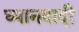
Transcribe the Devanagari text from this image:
ध्यानवादी